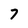
Character: 7